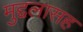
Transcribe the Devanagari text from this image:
मुद्दलासह